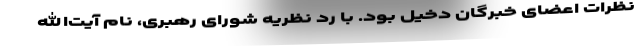
نظرات اعضای خبرگان دخیل بود. با رد نظریه شورای رهبری، نام آیت‌الله